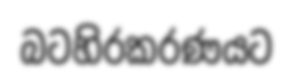
බටහිරකරණයට